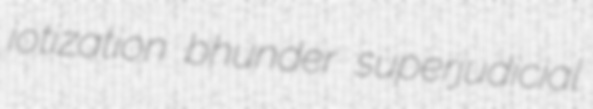
iotization bhunder superjudicial